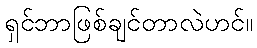
ရှင်ဘာဖြစ်ချင်တာလဲဟင်။